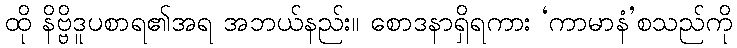
ထို နိဗ္ဗိဒူပစာရ၏အရ အဘယ်နည်း။ စောဒနာရှိရကား ‘ကာမာနံ’စသည်ကို